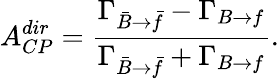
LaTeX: A_{CP}^{dir}=\frac{\Gamma_{\bar{B}\to\bar{f}}-\Gamma_{B\to f}}{\Gamma_{\bar{B}\to\bar{f}}+\Gamma_{B\to f}}.